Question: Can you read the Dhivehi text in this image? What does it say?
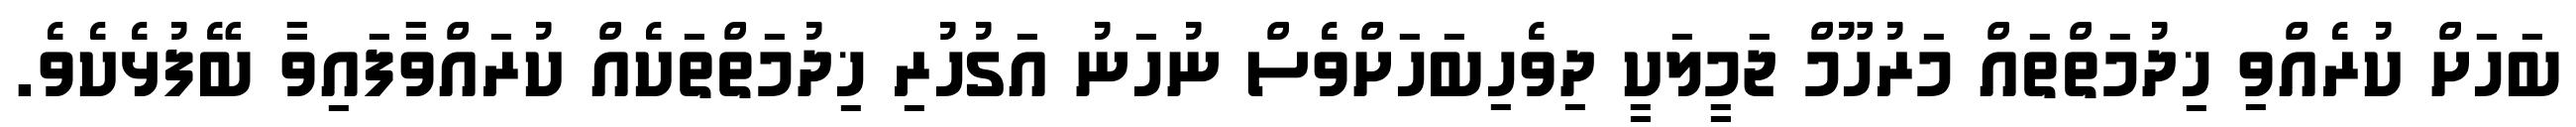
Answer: ބަހަށް ކުރެއްވި ޚިދުމަތްތައް މަރުހޫމް ޖަމީލަކީ ދިވެހިބަހަށްވެސް ނުހަނު އަގުހުރި ޚިދުމަތްތަކެއް ކުރައްވާފައިވާ ބޭފުޅެކެވެ.